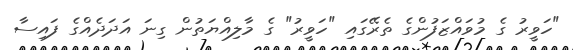
"ހަވީރު ގެ މުވައްޒަފުންގެ ތެރޭގައި "ހަވީރު" ގެ މާލިއްޔަތުން ގިނަ އަދަދެއްގެ ފައިސާ